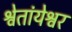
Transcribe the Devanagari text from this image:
श्वेतांयेश्वर